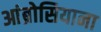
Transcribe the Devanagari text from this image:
आंब्रोसियाना